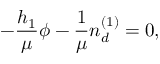
- \frac { h _ { 1 } } { \mu } \phi - \frac { 1 } { \mu } n _ { d } ^ { ( 1 ) } = 0 ,